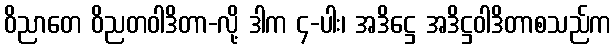
ဝိညာတေ ဝိညတဝါဒိတာ-လို့ ဒါက ၄-ပါး၊ အဒိဋ္ဌေ အဒိဋ္ဌဝါဒိတာစသည်က